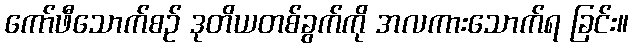
ကော်ဖီသောက်စဉ် ဒုတိယတစ်ခွက်ကို အလကားသောက်ရ ခြင်း။